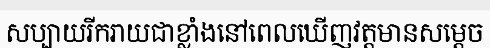
សប្បាយរីករាយជាខ្លាំងនៅពេលឃើញវត្តមានសម្តេច